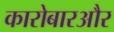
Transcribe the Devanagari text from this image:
कारोबारऔर